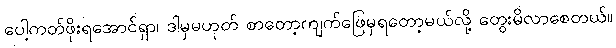
ပေါ့ကတ်ဖိုးရအောင်ရှာ၊ ဒါမှမဟုတ် စာတော့ကျက်ဖြေမှရတော့မယ်လို့ တွေးမိလာစေတယ်။